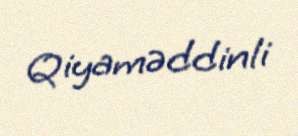
Qiyaməddinli